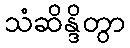
သံဆိန္ဒိတွာ